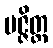
ပဇ္ဇိတ္ထ